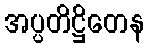
အပ္ပတိဋ္ဌိတေန